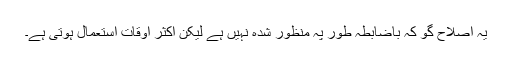
یہ اصلاح گو کہ باضابطہ طور پہ منظور شدہ نہیں ہے لیکن اکثر اوقات استعمال ہوتی ہے۔